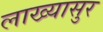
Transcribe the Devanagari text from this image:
लाख्यासुर